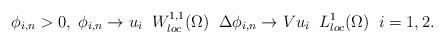
LaTeX: \begin{align*} \phi_{i,n}>0, \;\phi_{i,n} \to u_i \;\; W^{1,1}_{loc}(\Omega) \;\; \Delta \phi_{i,n} \to Vu_i \;\; L^{1}_{loc}(\Omega) \;\; i=1,2.\end{align*}